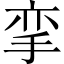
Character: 挛